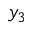
y _ { 3 }